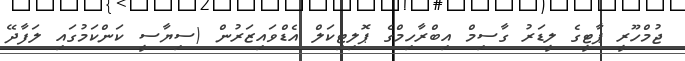
ޖުމްހޫރީ ޕާޓީގެ ލީޑަރު ގާސިމް އިބްރާހިމްގެ ޕޮލިޓިކަލް އެޑްވައިޒަރުން (ސިޔާސީ ކަންކަމުގައި ލަފާދޭ